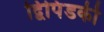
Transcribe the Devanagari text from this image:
द्विपिंडकी